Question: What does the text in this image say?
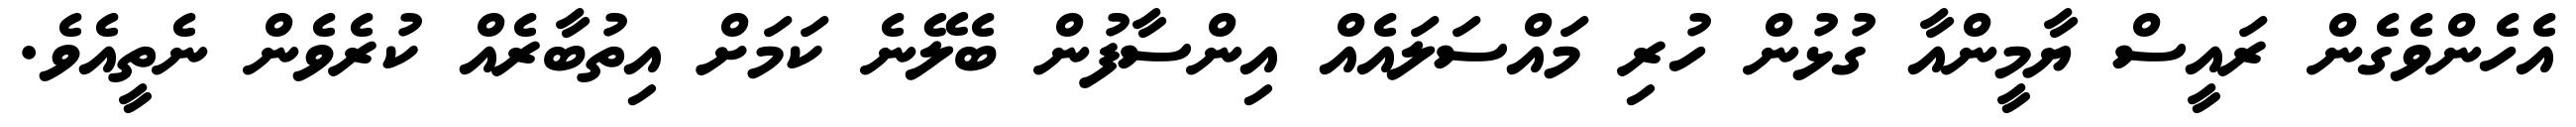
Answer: އެހެންވެގެން ރައީސް ޔާމީންއާ ގުޅުން ހުރި މައްސަލައެއް އިންސާފުން ބެލޭނެ ކަމަށް އިތުބާރެއް ކުރެވެން ނެތީއެވެ.